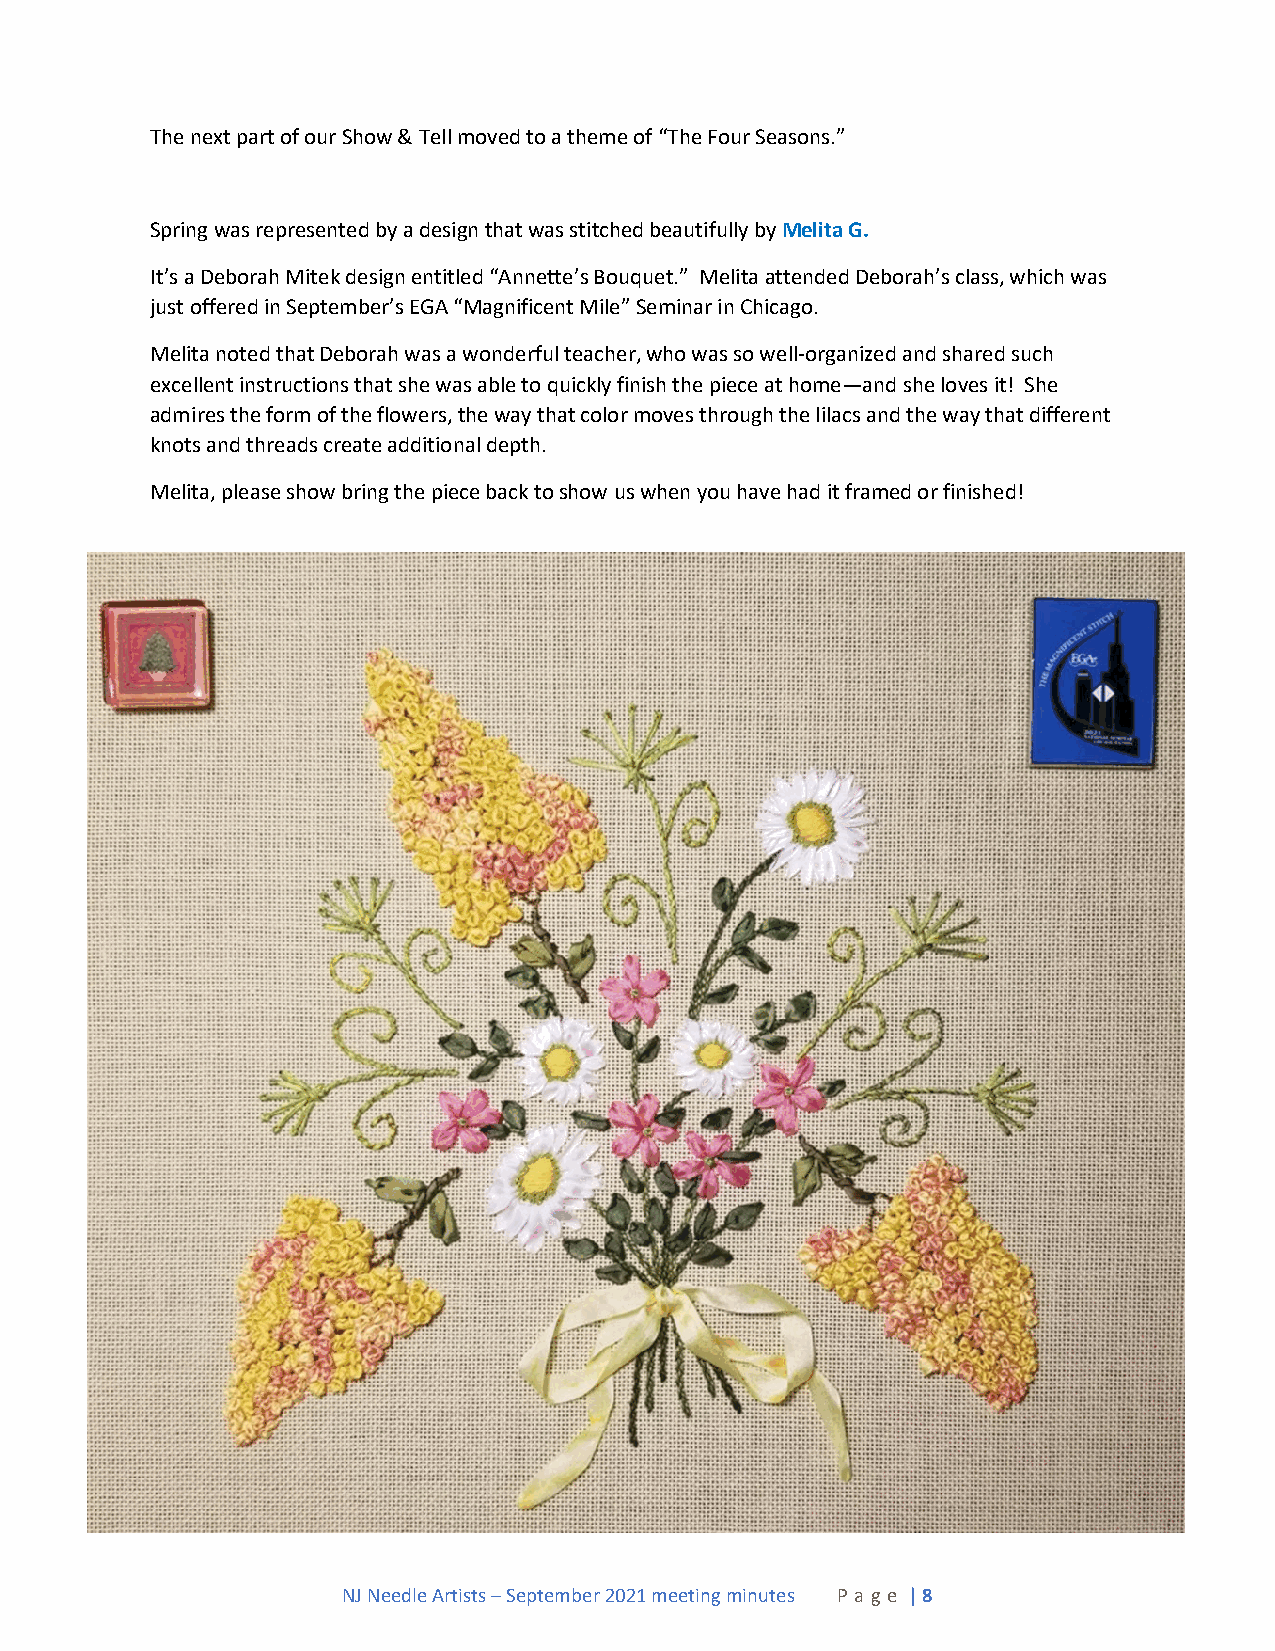
The next part of our Show & Tell moved to a theme of “The Four Seasons.”
 Spring was represented by a design that was stitched beautifully by Melita G.
 It’s a Deborah Mitek design entitled “Annette’s Bouquet.” Melita attended Deborah’s class, which was
 just offered in September’s EGA “Magnificent Mile” Seminar in Chicago.
 Melita noted that Deborah was a wonderful teacher, who was so well-organized and shared such
 excellent instructions that she was able to quickly finish the piece at home—and she loves it! She
 admires the form of the flowers, the way that color moves through the lilacs and the way that different
 knots and threads create additional depth.
 Melita, please show bring the piece back to show us when you have had it framed or finished!
 NJ Needle Artists – September 2021 meeting minutes P a ge | 8